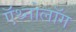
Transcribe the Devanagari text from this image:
ऍथ्नोलॉग